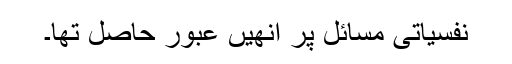
نفسیاتی مسائل پر انھیں عبور حاصل تھا۔